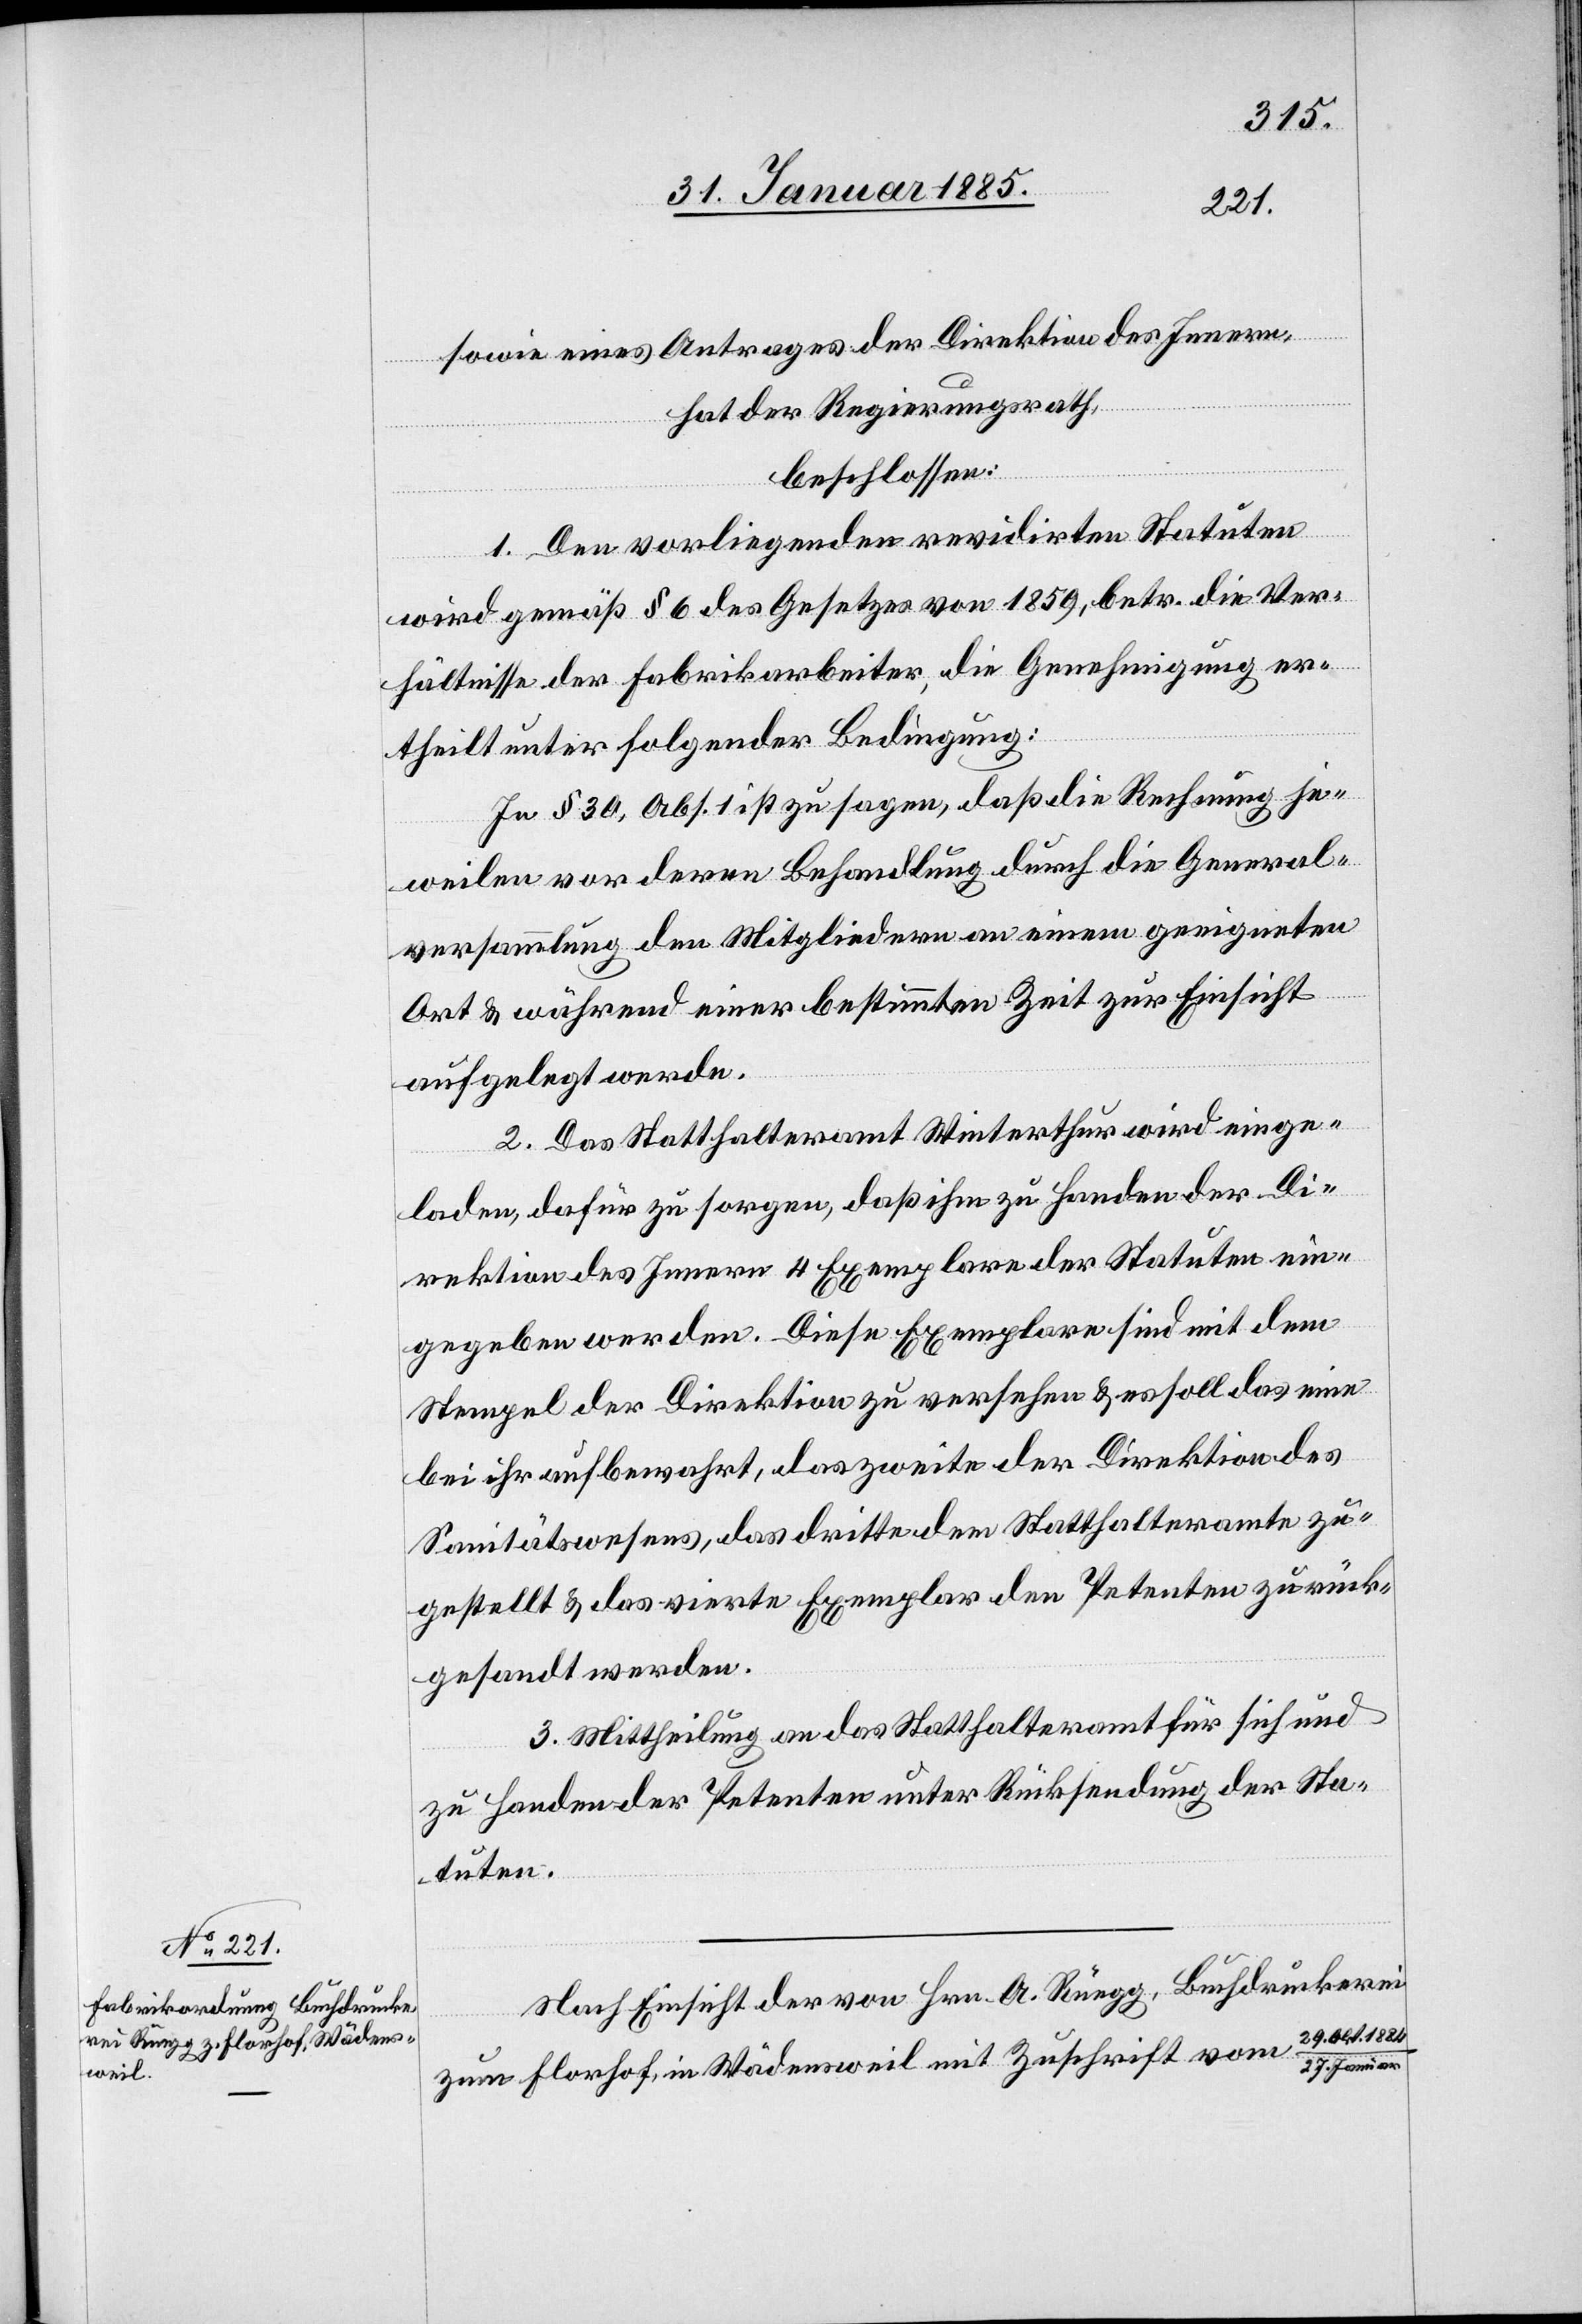
sowie eines Antrages der Direktion des Innern,
hat der Regierungsrath,
beschlossen:
1. Den vorliegenden revidirten Statuten
wird gemäß § 6 des Gesetzes von 1859, betr. die Ver¬
hältnisse der Fabrikarbeiter, die Genehmigung er¬
theilt unter folgender Bedingung:
In § 30, Abs. 1 ist zu sagen, das die Rechnung je¬
weilen vor deren Behandlung durch die General¬
versammlung den Mitgliedern an einem geeigneten
Ort & während einer bestimmen Zeit zur Einsicht
aufgelegt werde.
2. Das Statthalteramt Winterthur wird einge¬
laden, dafür zu sorgen, daß ihm zu Handen der Di¬
rektion des Innern 4 Exemplare der Statuten ein¬
gegeben werden. Diese Exemplare sind mit dem
Stempel der Direktion zu versehen & es soll das eine
bei ihr aufbewahrt, das zweite der Direktion des
Sanitätswesens, das dritte dem Statthalteramte zu¬
gestellt & das vierte Exemplar den Petenten zurück¬
gesandt werden.
3. Mittheilung an das Statthalteramt für sich und
zu Handen der Petenten unter Rücksendung der Sta¬
tuten.
Nach Einsicht der von Hrn. A. Rüegg, Buchdruckerei
zum Florhof, in Wädensweil mit Zuschrift vom 29. Okt.
Januar